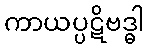
ကာယပ္ပဋိဗဒ္ဓါ